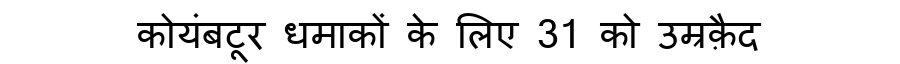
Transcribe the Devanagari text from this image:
कोयंबटूर धमाकों के लिए 31 को उम्रक़ैद